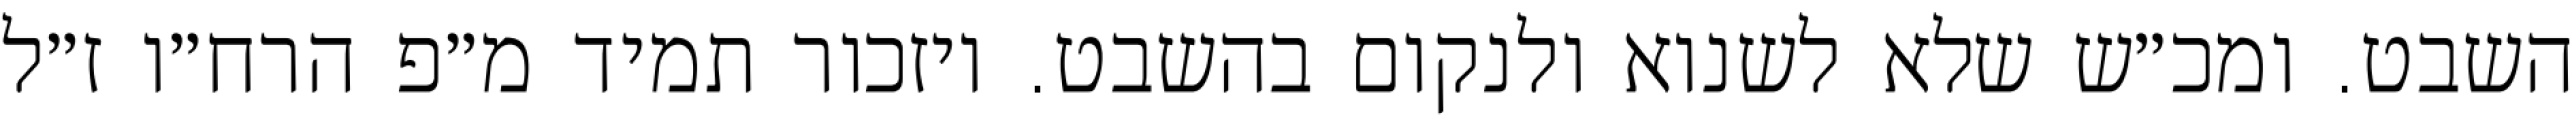
השבט. ומכ״ש שלא לשנוא ולנקום בהשבט. ויזכור תמיד מ״פ הרח״ו ז״ל